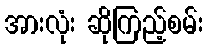
အားလုံး ဆိုကြည့်စမ်း